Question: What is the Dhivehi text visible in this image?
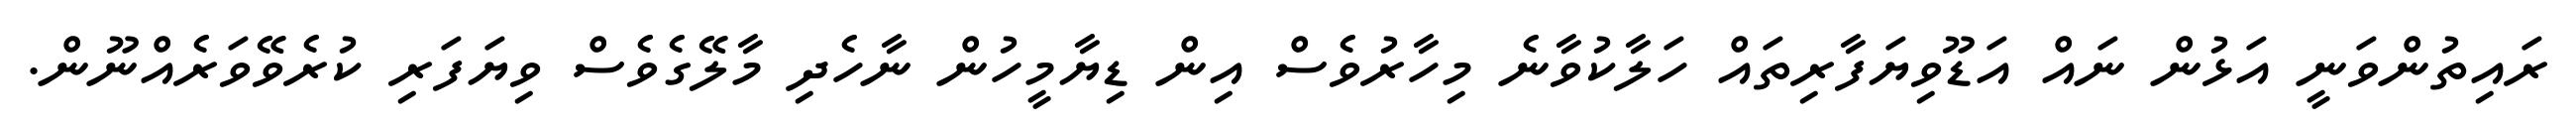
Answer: ރައިތުންވަނީ އަޅުން ނައް އަޑޫވިޔަފާރިތައް ހަލާކުވާނެ މިހާރުވެސް އިން ޑިޔާމީހުން ނާހެދި މާލޭގެވެސް ވިޔަފަރި ކުރެވޭވަރެއްނޫން.